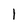
Character: 1